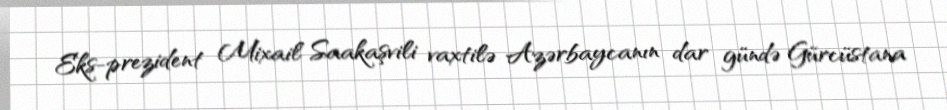
Eks-prezident Mixail Saakaşvili vaxtilə Azərbaycanın dar gündə Gürcüstana